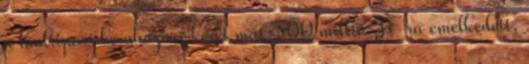
a hadiipari beruházási keret már 500 millió Ft-ra emelkedett,